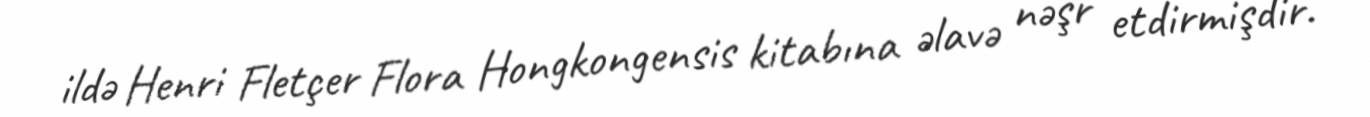
ildə Henri Fletçer Flora Hongkongensis kitabına əlavə nəşr etdirmişdir.